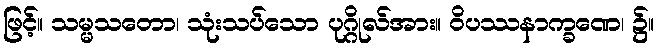
ဖြင့်။ သမ္မသတော၊ သုံးသပ်သော ပုဂ္ဂိုလ်အား။ ဝိပဿနာက္ခဏေ၊ ၌။